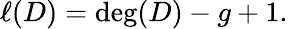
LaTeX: \ell(D)=\deg(D)-g+1.